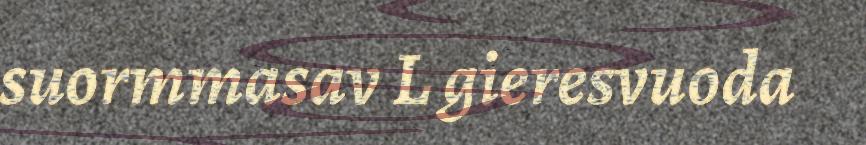
suormmasav L gieresvuoda